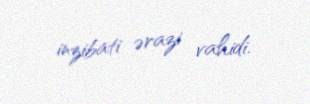
inzibati ərazi vahidi.